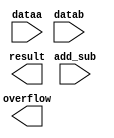
// megafunction wizard: %LPM_ADD_SUB%VBB%
// GENERATION: STANDARD
// VERSION: WM1.0
// MODULE: lpm_add_sub 

// ============================================================
// Megafunction Name(s):
// 			lpm_add_sub
//
// Simulation Library Files(s):
// 			lpm
// ============================================================
// ************************************************************
// THIS IS A WIZARD-GENERATED FILE. DO NOT EDIT THIS FILE!
//
// 9.1 Build 350 03/24/2010 SP 2 SJ Web Edition
// ************************************************************

//Copyright (C) 1991-2010 Altera Corporation
//Your use of Altera Corporation's design tools, logic functions 
//and other software and tools, and its AMPP partner logic 
//functions, and any output files from any of the foregoing 
//(including device programming or simulation files), and any 
//associated documentation or information are expressly subject 
//to the terms and conditions of the Altera Program License 
//Subscription Agreement, Altera MegaCore Function License 
//Agreement, or other applicable license agreement, including, 
//without limitation, that your use is for the sole purpose of 
//programming logic devices manufactured by Altera and sold by 
//Altera or its authorized distributors.  Please refer to the 
//applicable agreement for further details.

module lpm_add_sub_8bit (
	add_sub,
	dataa,
	datab,
	overflow,
	result);

	input	  add_sub;
	input	[7:0]  dataa;
	input	[7:0]  datab;
	output	  overflow;
	output	[7:0]  result;

endmodule

// ============================================================
// CNX file retrieval info
// ============================================================
// Retrieval info: PRIVATE: CarryIn NUMERIC "0"
// Retrieval info: PRIVATE: CarryOut NUMERIC "0"
// Retrieval info: PRIVATE: ConstantA NUMERIC "0"
// Retrieval info: PRIVATE: ConstantB NUMERIC "0"
// Retrieval info: PRIVATE: Function NUMERIC "2"
// Retrieval info: PRIVATE: INTENDED_DEVICE_FAMILY STRING "Cyclone II"
// Retrieval info: PRIVATE: LPM_PIPELINE NUMERIC "0"
// Retrieval info: PRIVATE: Latency NUMERIC "0"
// Retrieval info: PRIVATE: Overflow NUMERIC "1"
// Retrieval info: PRIVATE: RadixA NUMERIC "10"
// Retrieval info: PRIVATE: RadixB NUMERIC "10"
// Retrieval info: PRIVATE: Representation NUMERIC "0"
// Retrieval info: PRIVATE: SYNTH_WRAPPER_GEN_POSTFIX STRING "0"
// Retrieval info: PRIVATE: ValidCtA NUMERIC "0"
// Retrieval info: PRIVATE: ValidCtB NUMERIC "0"
// Retrieval info: PRIVATE: WhichConstant NUMERIC "0"
// Retrieval info: PRIVATE: aclr NUMERIC "0"
// Retrieval info: PRIVATE: clken NUMERIC "0"
// Retrieval info: PRIVATE: nBit NUMERIC "8"
// Retrieval info: CONSTANT: LPM_DIRECTION STRING "UNUSED"
// Retrieval info: CONSTANT: LPM_HINT STRING "ONE_INPUT_IS_CONSTANT=NO,CIN_USED=NO"
// Retrieval info: CONSTANT: LPM_REPRESENTATION STRING "SIGNED"
// Retrieval info: CONSTANT: LPM_TYPE STRING "LPM_ADD_SUB"
// Retrieval info: CONSTANT: LPM_WIDTH NUMERIC "8"
// Retrieval info: USED_PORT: add_sub 0 0 0 0 INPUT NODEFVAL add_sub
// Retrieval info: USED_PORT: dataa 0 0 8 0 INPUT NODEFVAL dataa[7..0]
// Retrieval info: USED_PORT: datab 0 0 8 0 INPUT NODEFVAL datab[7..0]
// Retrieval info: USED_PORT: overflow 0 0 0 0 OUTPUT NODEFVAL overflow
// Retrieval info: USED_PORT: result 0 0 8 0 OUTPUT NODEFVAL result[7..0]
// Retrieval info: CONNECT: @add_sub 0 0 0 0 add_sub 0 0 0 0
// Retrieval info: CONNECT: result 0 0 8 0 @result 0 0 8 0
// Retrieval info: CONNECT: @dataa 0 0 8 0 dataa 0 0 8 0
// Retrieval info: CONNECT: @datab 0 0 8 0 datab 0 0 8 0
// Retrieval info: CONNECT: overflow 0 0 0 0 @overflow 0 0 0 0
// Retrieval info: LIBRARY: lpm lpm.lpm_components.all
// Retrieval info: GEN_FILE: TYPE_NORMAL lpm_add_sub_8bit.v TRUE
// Retrieval info: GEN_FILE: TYPE_NORMAL lpm_add_sub_8bit.inc FALSE
// Retrieval info: GEN_FILE: TYPE_NORMAL lpm_add_sub_8bit.cmp FALSE
// Retrieval info: GEN_FILE: TYPE_NORMAL lpm_add_sub_8bit.bsf FALSE
// Retrieval info: GEN_FILE: TYPE_NORMAL lpm_add_sub_8bit_inst.v FALSE
// Retrieval info: GEN_FILE: TYPE_NORMAL lpm_add_sub_8bit_bb.v TRUE
// Retrieval info: GEN_FILE: TYPE_NORMAL lpm_add_sub_8bit_waveforms.html TRUE
// Retrieval info: GEN_FILE: TYPE_NORMAL lpm_add_sub_8bit_wave*.jpg FALSE
// Retrieval info: LIB_FILE: lpm